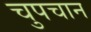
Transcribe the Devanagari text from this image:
चुपचान